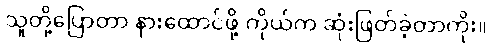
သူတို့ပြောတာ နားထောင်ဖို့ ကိုယ်က ဆုံးဖြတ်ခဲ့တာကိုး။